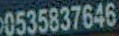
0535837646